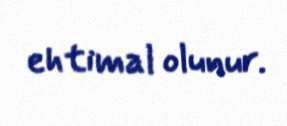
ehtimal olunur.